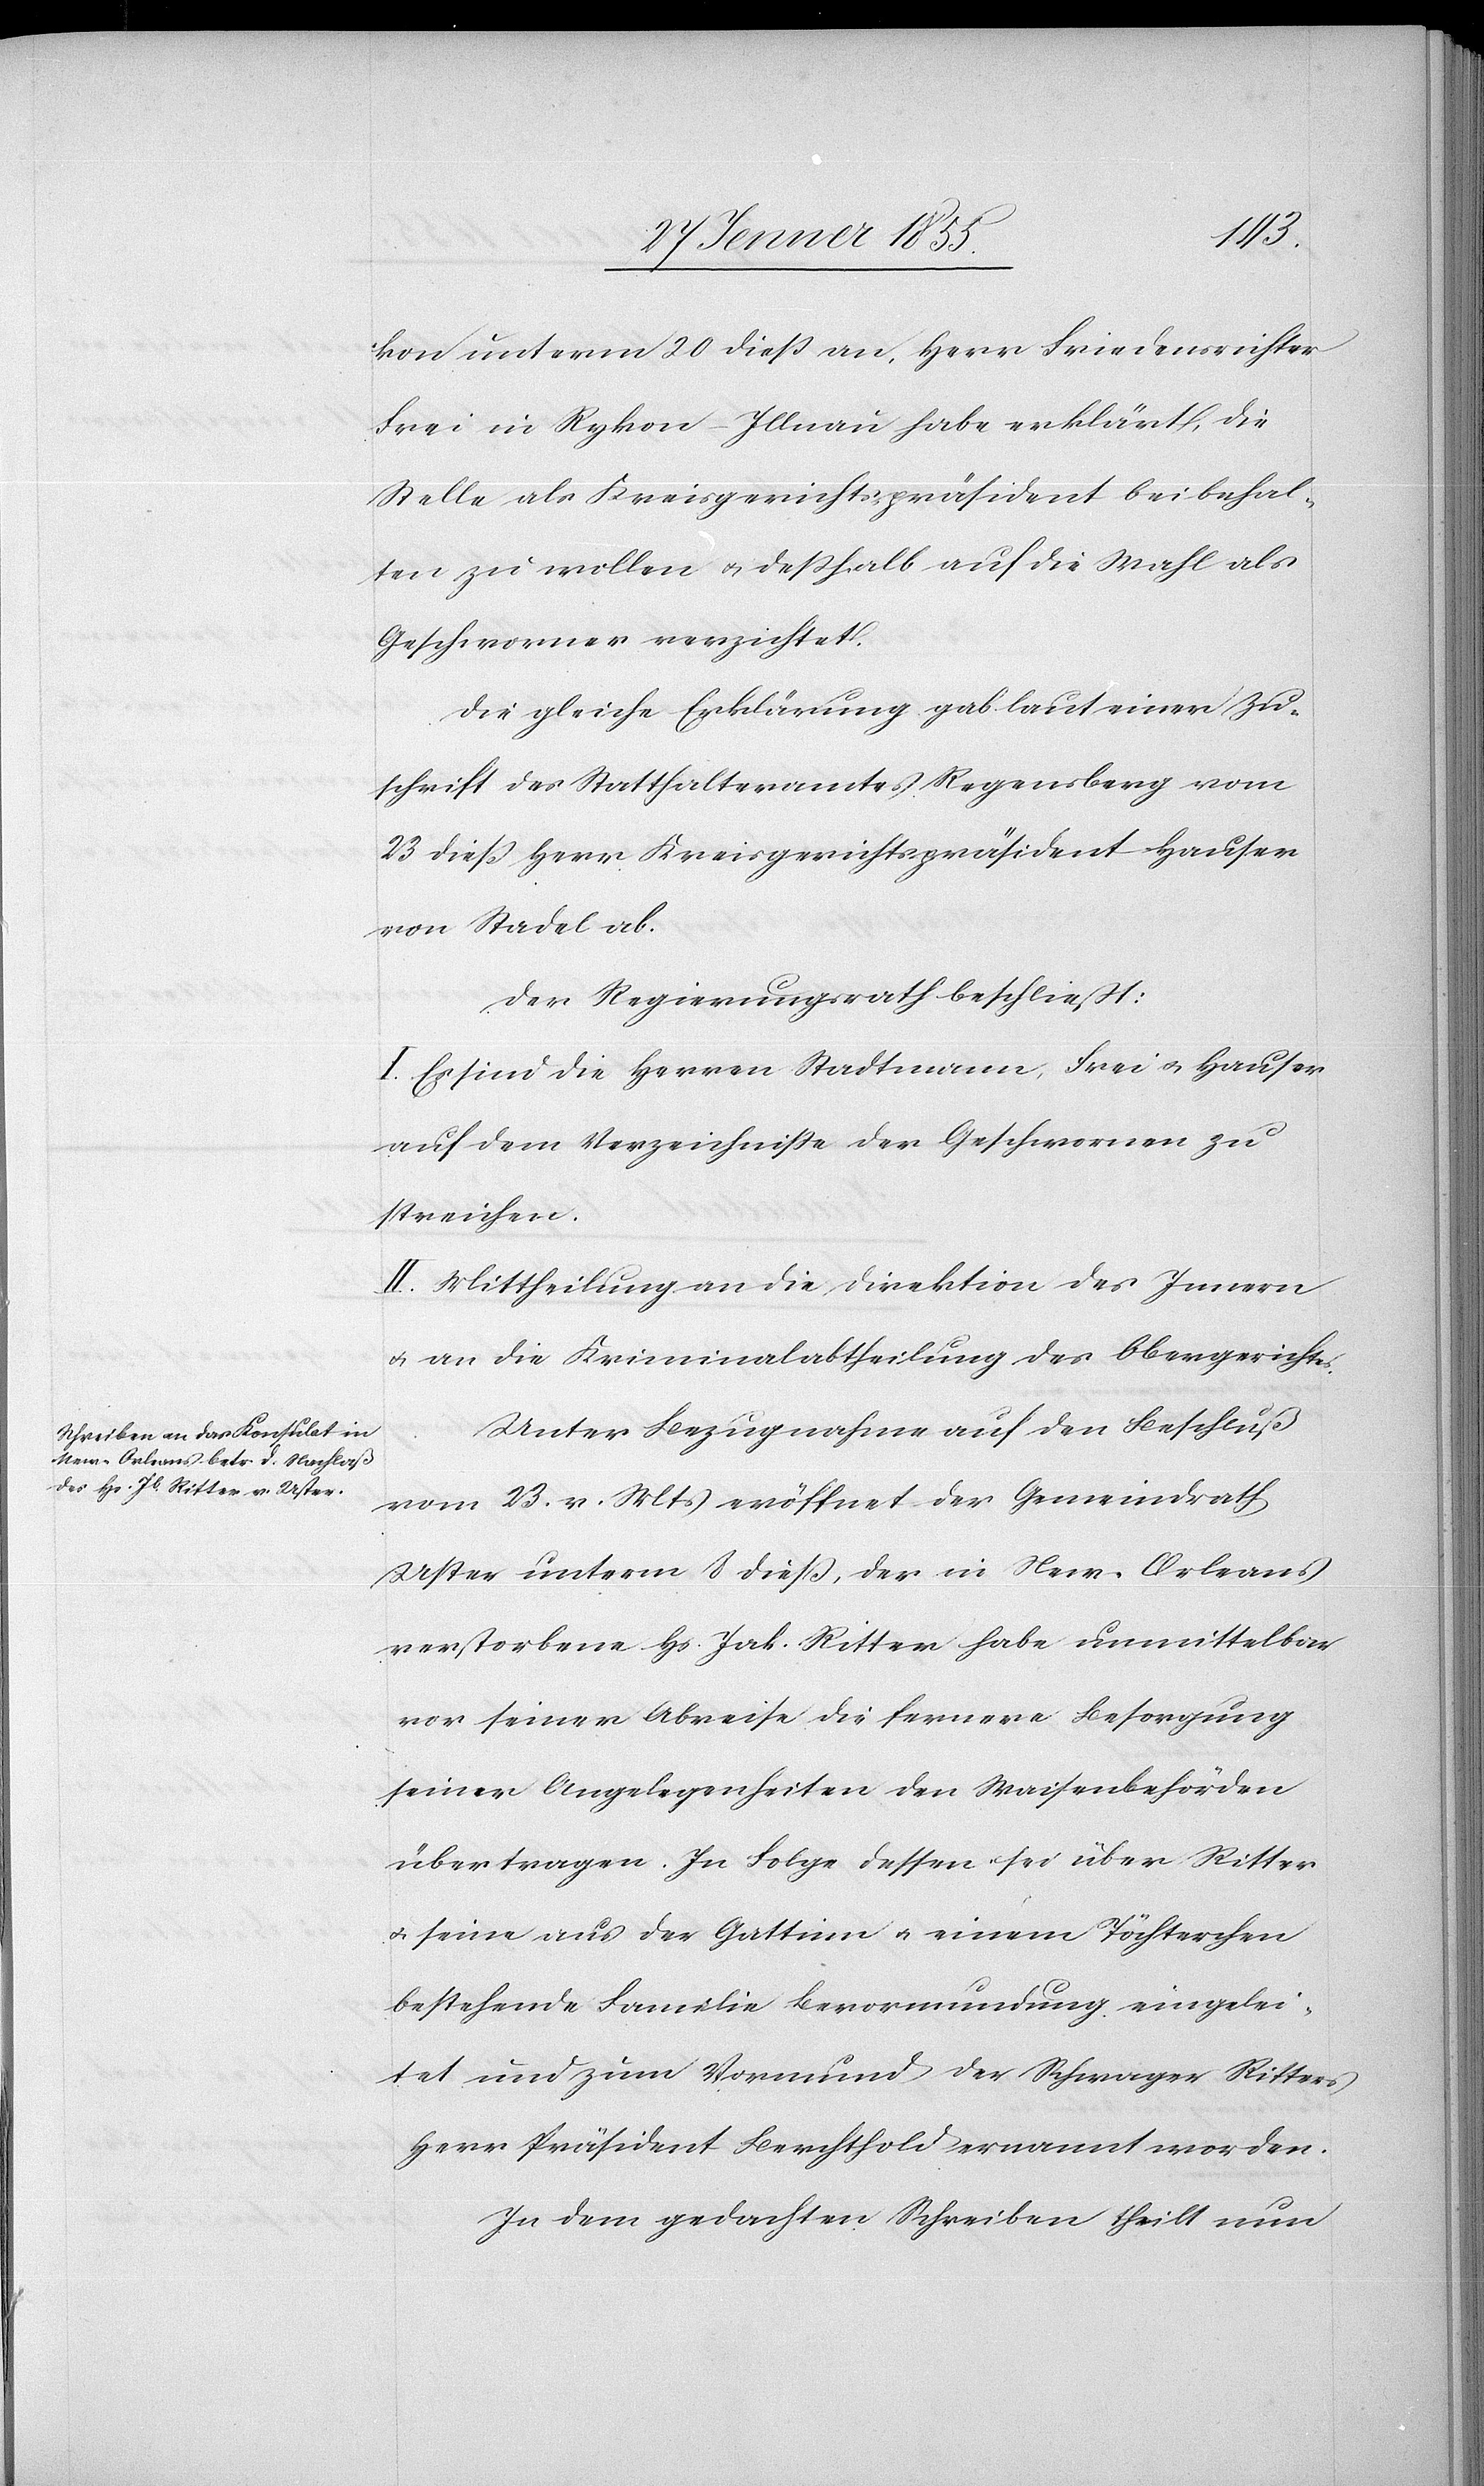
kon unterm 20 dieß an, Herr Friedensrichter
Frei in Rykon-Illnau habe erklärt, die
Stelle als Kreisgerichtspräsident beibehal¬
ten zu wollen & deßhalb auf die Wahl als
Geschworner verzichtet.
Die gleiche Erklärung gab laut einer Zu¬
schrift des Statthalteramtes Regensberg vom
23 dieß Herr Kreisgerichtspräsident Hauser
von Stadel ab.
Der Regierungsrath beschliesst:
I. Es sind die Herren Stadtmann, Frei & Hauser
auf dem Verzeichnisse der Geschwornen zu
streichen.
II. Mittheilung an die Direktion des Innern
& an die Kriminalabtheilung des Obergerichtes.
Unter Bezugnahme auf den Beschluß
vom 23. v. Mts. eröffnet der Gemeindrath
Uster unterm 8 dieß, der in New-Orleans
verstorbene Hs. Jak. Ritter habe unmittelbar
vor seiner Abreise die fernere Besorgung
seiner Angelegenheiten den Waisenbehörden
übertragen. In Folge dessen sei über Ritter
& seine aus der Gattinn & einem Töchterchen
bestehende Familie Bevormundung eingelei¬
tet und zum Vormund der Schwager Ritters
Herr Präsident Berchthold ernannt worden.
In dem gedachten Schreiben theilt nun